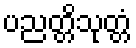
ပညတ္တိသုတ္တံ